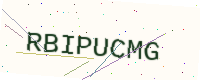
Text: RBIPUCMG